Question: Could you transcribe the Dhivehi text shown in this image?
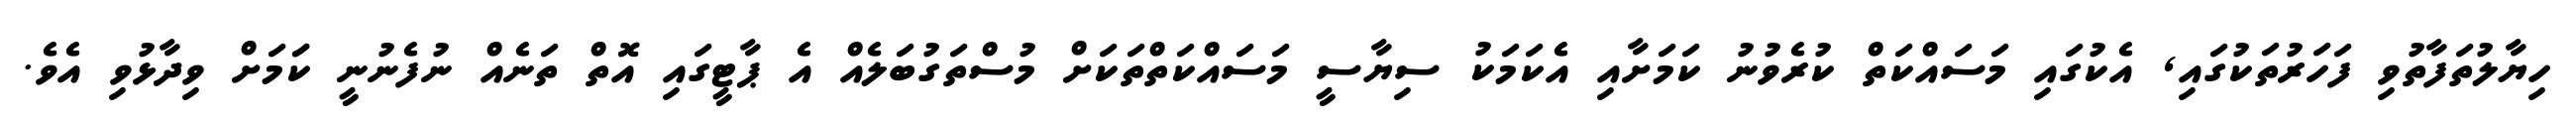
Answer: ހިޔާލުތަފާތުވި ފަހަރުތަކުގައި, އެކުގައި މަސައްކަތް ކުރެވުނު ކަމަށާއި އެކަމަކު ސިޔާސީ މަސައްކަތްތަކަށް މުސްތަގުބަލެއް އެ ޕާޓީގައި އޮތް ތަނެއް ނުފެނުނީ ކަަމަށް ވިދާޅުވި އެވެ.